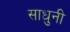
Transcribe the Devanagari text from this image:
साधुनी